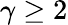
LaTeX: \gamma\geq 2